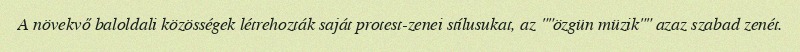
A növekvő baloldali közösségek létrehozták saját protest-zenei stílusukat, az ""özgün müzik"" azaz szabad zenét.